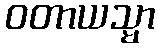
ဝတာယသ္မာ